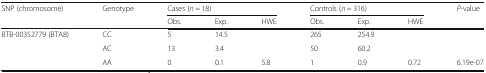
<table><thead><tr><td><b>SNP (chromosome)</b></td><td><b>Genotype</b></td><td colspan="3"><b>Cases (<i>n</i> = 18)</b></td><td colspan="3"><b>Controls (<i>n</i> = 316)</b></td><td><b><i>P</i>-value</b></td></tr><tr><td></td><td></td><td><b>Obs.</b></td><td><b>Exp.</b></td><td><b>HWE</b></td><td><b>Obs.</b></td><td><b>Exp.</b></td><td><b>HWE</b></td><td></td></tr></thead><tbody><tr><td rowspan="3">BTB-00352779 (BTA8)</td><td>CC</td><td>5</td><td>14.5</td><td></td><td>265</td><td>254.9</td><td></td><td></td></tr><tr><td>AC</td><td>13</td><td>3.4</td><td></td><td>50</td><td>60.2</td><td></td><td></td></tr><tr><td>AA</td><td>0</td><td>0.1</td><td>5.8</td><td>1</td><td>0.9</td><td>0.72</td><td>6.19e-07</td></tr></tbody></table>